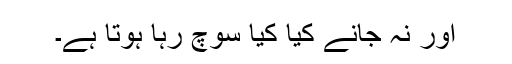
اور نہ جانے کیا کیا سوچ رہا ہوتا ہے۔